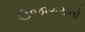
ઉજાગરાનો